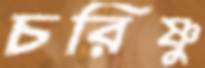
চরিষ্ণু